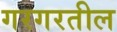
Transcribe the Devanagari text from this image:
गरगरतील